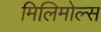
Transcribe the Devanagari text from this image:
मिलिमोल्स